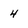
Character: 4